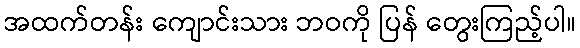
အထက်တန်း ကျောင်းသား ဘဝကို ပြန် တွေးကြည့်ပါ။